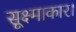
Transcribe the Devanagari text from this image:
सूक्ष्माकार।